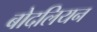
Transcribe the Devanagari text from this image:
बोदलियन